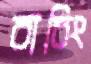
বাচিং